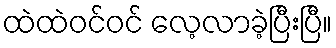
ထဲထဲဝင်ဝင် လေ့လာခဲ့ပြီးပြီ။